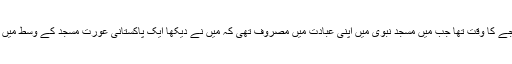
خاتون کا ویڈیو میں کہنا ہے کہ رات تین بجے کا وقت تھا جب میں مسجد نبوی میں اپنی عبادت میں مصروف تھی کہ میں نے دیکھا ایک پاکستانی عورت مسجد کے وسط میں کھڑی ہے اور کسی کو تلاش کر رہی ہے۔